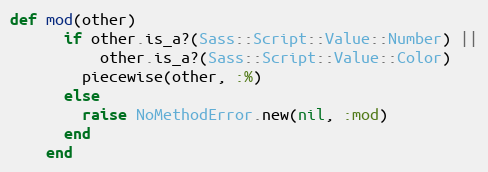
Language: Ruby
def mod(other)
      if other.is_a?(Sass::Script::Value::Number) ||
          other.is_a?(Sass::Script::Value::Color)
        piecewise(other, :%)
      else
        raise NoMethodError.new(nil, :mod)
      end
    end